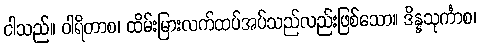
ငါသည်။ ဝါရိတာစ၊ ထိမ်းမြားလက်ထပ်အပ်သည်လည်းဖြစ်သော။ ဒိန္နသုင်္ကာစ၊